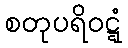
စတုပရိဝဋ္ဋံ